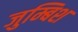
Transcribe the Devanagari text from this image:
जुम्बिश